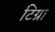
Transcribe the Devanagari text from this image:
टिग्रा